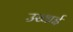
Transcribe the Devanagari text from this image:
उखाई